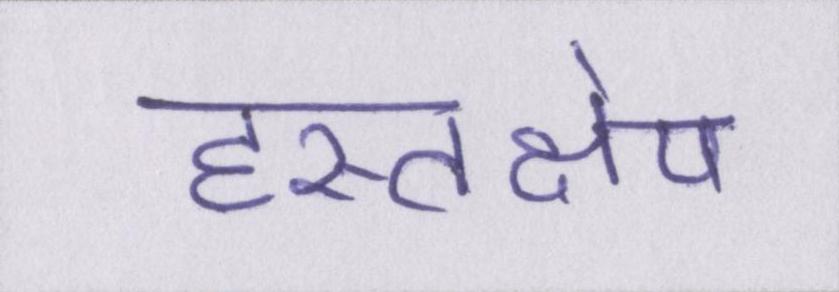
हस्तक्षेप